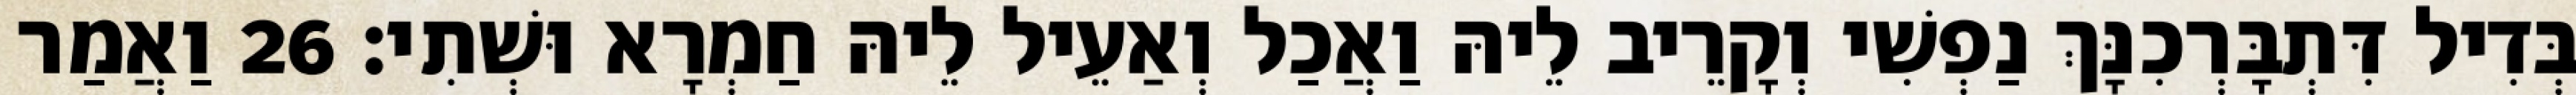
בְּדִיל דִּתְבָּרְכִנָּךְ נַפְשִׁי וְקָרֵיב לֵיהּ וַאֲכַל וְאַעֵיל לֵיהּ חַמְרָא וּשְׁתִי׃ 26 וַאֲמַר